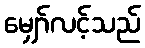
မျှော်လင့်သည်